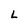
Character: L